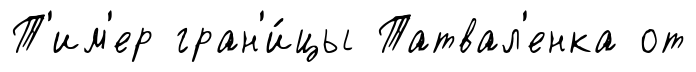
Т'им'ер гран'и́цы Татвал'енка от